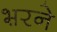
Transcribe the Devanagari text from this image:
भ़रने